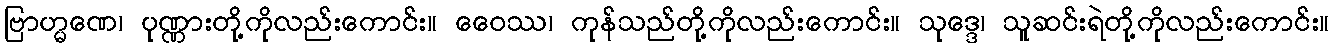
ဗြာဟ္မဏေ၊ ပုဏ္ဏားတို့ကိုလည်းကောင်း။ ဝေေဿ၊ ကုန်သည်တို့ကိုလည်းကောင်း။ သုဒ္ဒေ၊ သူဆင်းရဲတို့ကိုလည်းကောင်း။